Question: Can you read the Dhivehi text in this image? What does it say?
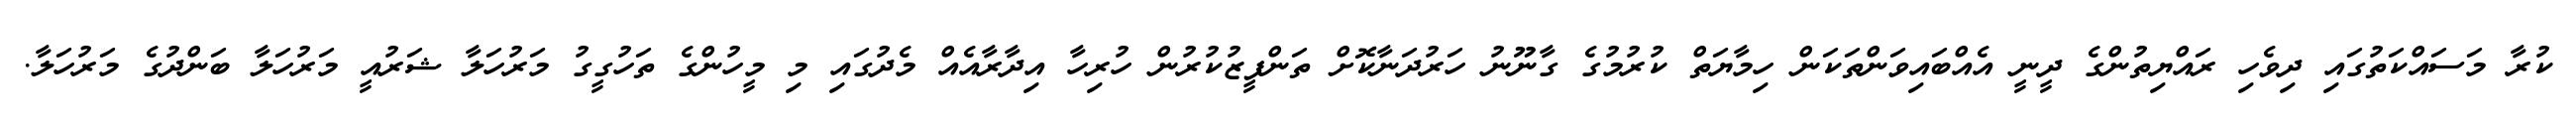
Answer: ކުރާ މަސައްކަތުގައި ދިވެހި ރައްޔިތުންގެ ދީނީ އެއްބައިވަންތަކަން ހިމާޔަތް ކުރުމުގެ ގާނޫނު ހަރުދަނާކޮށް ތަންފީޒުކުރުން ހުރިހާ އިދާރާއެއް މެދުގައި މި މީހުންގެ ތަހުގީގު މަރުހަލާ ޝަރުއީ މަރުހަލާ ބަންދުގެ މަރުހަލާ.